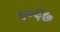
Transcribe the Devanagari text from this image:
५०६७